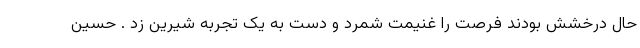
حال درخشش بودند فرصت را غنیمت شمرد و دست به یک تجربه شیرین زد . حسین